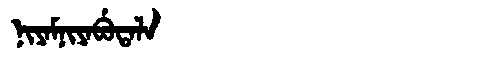
Manchu: ᠨᡳᠶᠠᠮᠨᡳᠶᠠᠪᡠᡨᠠᠯᠠ
Romanization: NIYAMNIYABUTALA